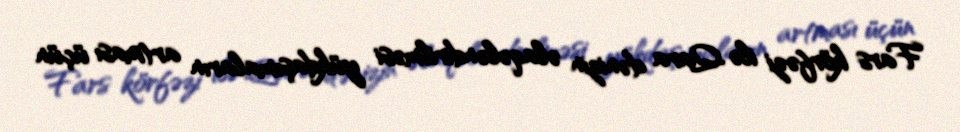
Fars körfəzi ilə Qara dənizin əlaqələndirilməsi yükdaşımaların artması üçün